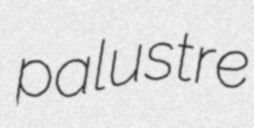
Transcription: palustre